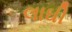
લાઘી